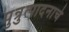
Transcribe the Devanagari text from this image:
पुन्रुत्पादनाचे